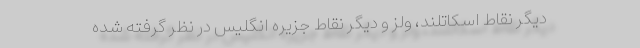
دیگر نقاط اسکاتلند، ولز و دیگر نقاط جزیره انگلیس در نظر گرفته شده